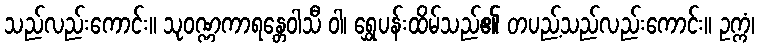
သည်လည်းကောင်း။ သုဝဏ္ဏကာရန္တေဝါသီ ဝါ၊ ရွှေပန်းထိမ်သည်၏ တပည့်သည်လည်းကောင်း။ ဥက္ကံ၊